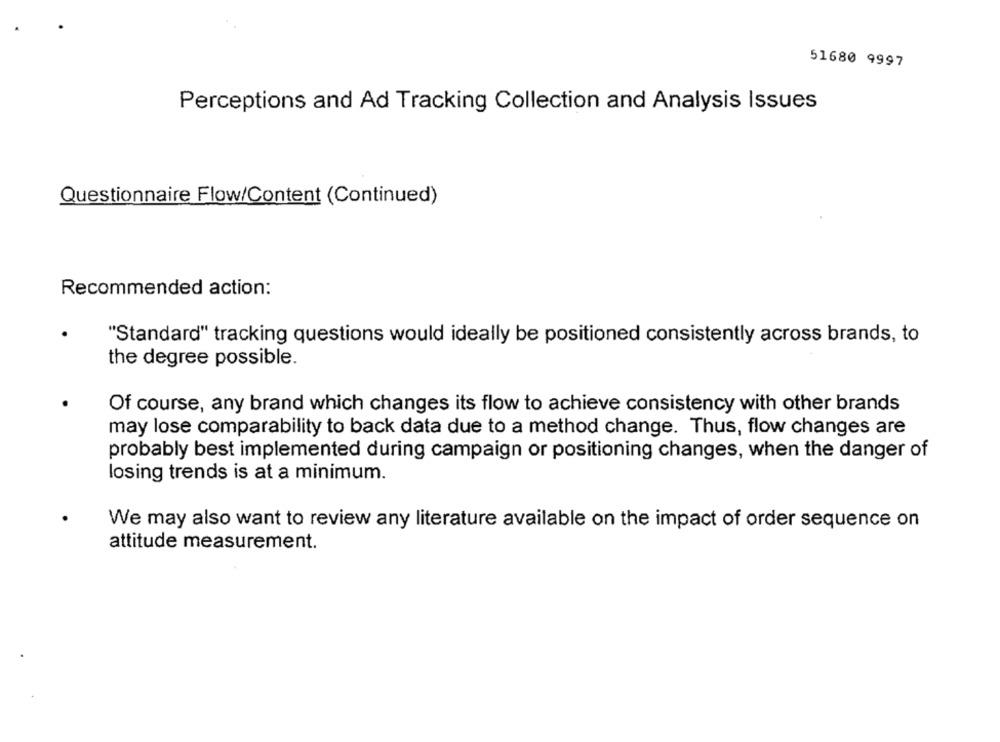
51680 9997
Perceptions and Ad Tracking Collection and Analysis Issues
Questionnaire Flow/Content (Continued)
Recommended action:
"Standard" tracking questions would ideally be positioned consistently across brands, to
the degree possible.
Of course, any brand which changes its flow to achieve consistency with other brands
may lose comparability to back data due to a method change. Thus, flow changes are
probably best implemented during campaign or positioning changes, when the danger of
losing trends is at a minimum.
We may also want to review any literature available on the impact of order sequence on
attitude measurement.